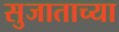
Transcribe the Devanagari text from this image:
सुजाताच्या